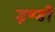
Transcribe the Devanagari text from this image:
इण्डी